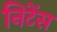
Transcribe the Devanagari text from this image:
निटेंस